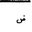
Letter: _dad